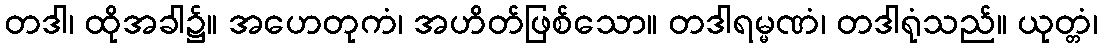
တဒါ၊ ထိုအခါ၌။ အဟေတုကံ၊ အဟိတ်ဖြစ်သော။ တဒါရမ္မဏံ၊ တဒါရုံသည်။ ယုတ္တံ၊